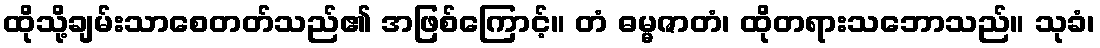
ထိုသို့ချမ်းသာစေတတ်သည်၏ အဖြစ်ကြောင့်။ တံ ဓမ္မဇာတံ၊ ထိုတရားသဘောသည်။ သုခံ၊